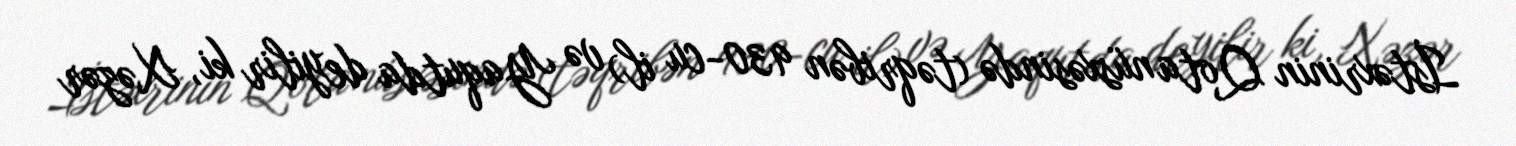
İstəxrinin Qota nüsxəsində (təqribən 930-cu il) və Yaqutda deyilir ki, Xəzər